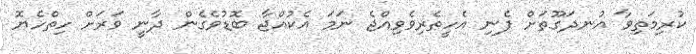
ކުރިމަތިވާ އުނދަގޫތަށް ފެނި އެހީތެރިވެވިއްޖެ ނަމަ އެކުއްޖާ ބޮޑުވެގެން ދާނީ ވަރަށް ހިތްހެޔޮ